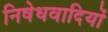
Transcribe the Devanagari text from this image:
निषेधवादियों